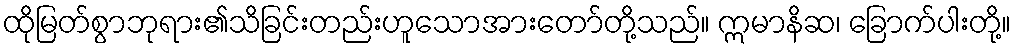
ထိုမြတ်စွာဘုရား၏သိခြင်းတည်းဟူသောအားတော်တို့သည်။ ဣမာနိဆ၊ ခြောက်ပါးတို့။